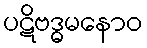
ပဋိဗဒ္ဓမနောဝ